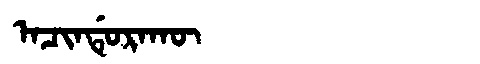
Manchu: ᠠᠴᡳᠨᡩᡠᡵᠠᡴᡡ
Romanization: ACINDURAKŪ